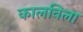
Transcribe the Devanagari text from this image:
कालविला